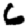
Digit: 6